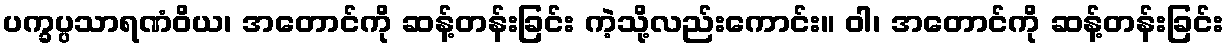
ပက္ခပ္ပသာရဏံဝိယ၊ အတောင်ကို ဆန့်တန်းခြင်း ကဲ့သို့လည်းကောင်း။ ဝါ၊ အတောင်ကို ဆန့်တန်းခြင်း